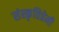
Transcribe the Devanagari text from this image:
संस्कृतिप्रेमी